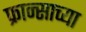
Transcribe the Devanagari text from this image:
फ्रान्साच्या